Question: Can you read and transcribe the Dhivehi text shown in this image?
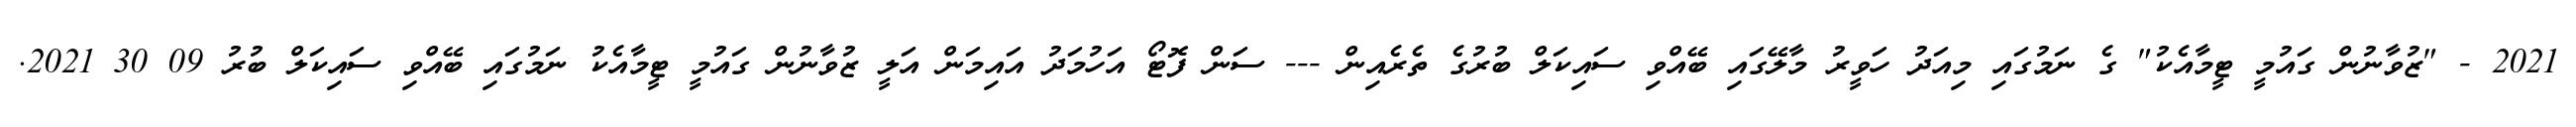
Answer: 2021 - "ޒުވާނުން ގައުމީ ޓީމާއެކު" ގެ ނަމުގައި މިއަދު ހަވީރު މާލޭގައި ބޭއްވި ސައިކަލް ބުރުގެ ތެރެއިން --- ސަން ފޮޓޯ އަހުމަދު އައިމަން އަލީ ޒުވާނުން ގައުމީ ޓީމާއެކު ނަމުގައި ބޭއްވި ސައިކަލް ބުރު 09 30 2021.